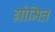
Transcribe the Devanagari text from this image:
ग्रोमित